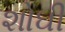
શોઘી